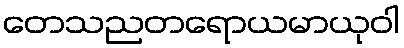
တေသညတရောယမာယုဝါ